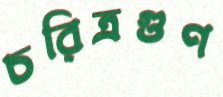
চরিত্রগুণ